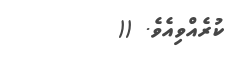
ކުރެއްވިއެވެ. ((